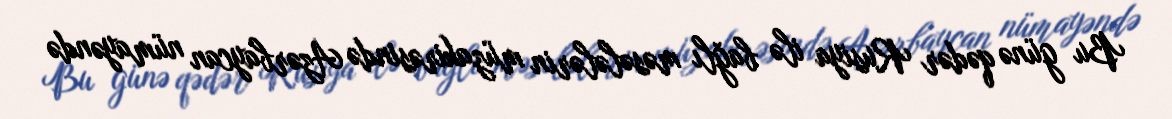
Bu günə qədər Rusiya ilə bağlı məsələlərin müzakirəsində Azərbaycan nümayəndə